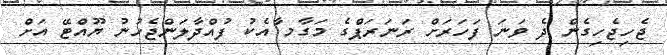
ޖެހިޖެހިގެން ދެ ވަނަ ފަހަރަށް ރަނަރަޕްގެ މަގާމ ާއެކު ފުއްދާލަންޖެހުނު ޔޫއްޓޭ އަށް